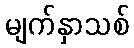
မျက်နှာသစ်